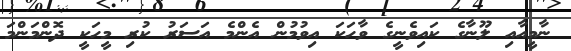
ނާމީއާއި ލޫނާގެ ކައިވެނީގެ ވާހަކަ އިވުމުން އެންމެ އަސަރު ކުރި މީހަކީ ދޮންމަންމަ